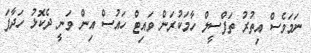
ނަމަވެސް އިތުރު ތަފްސީލް ހާމަކުރަން ވައިޓް ހައުސް އިން ވަނީ ދެކޮޅު ހަދާފަ